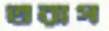
তরাগ